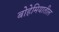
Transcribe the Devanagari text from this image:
बोहेमियातील